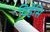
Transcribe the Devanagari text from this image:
दिहेसि